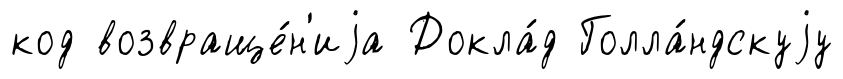
код возвраще́н'иjа Докла́д Голла́ндскуjу